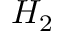
H _ { 2 }